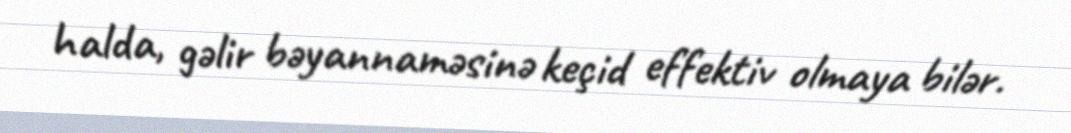
halda, gəlir bəyannaməsinə keçid effektiv olmaya bilər.